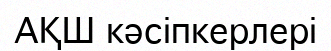
АҚШ кәсіпкерлері